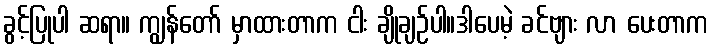
ခွင့်ပြုပါ ဆရာ။ ကျွန်တော် မှာထားတာက ငါး ချိုချဉ်ပါ။ဒါပေမဲ့ ခင်ဗျား လာ ပေးတာက